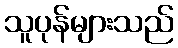
သူပုန်များသည်